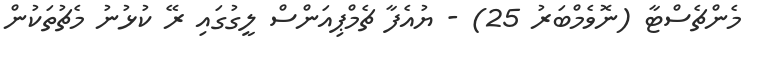
މެންޗެސްޓާ (ނޮވެމްބަރު 25) - ޔުއެފާ ޗެމްޕިއަންސް ލީގުގައި ރޭ ކުޅުނު މެޗުތަކުން